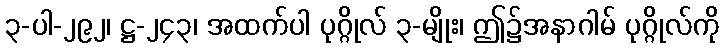
၃-ပါ-၂၉၂၊ ဋ္ဌ-၂၄၃၊ အထက်ပါ ပုဂ္ဂိုလ် ၃-မျိုး၊ ဤ၌အနာဂါမ် ပုဂ္ဂိုလ်ကို